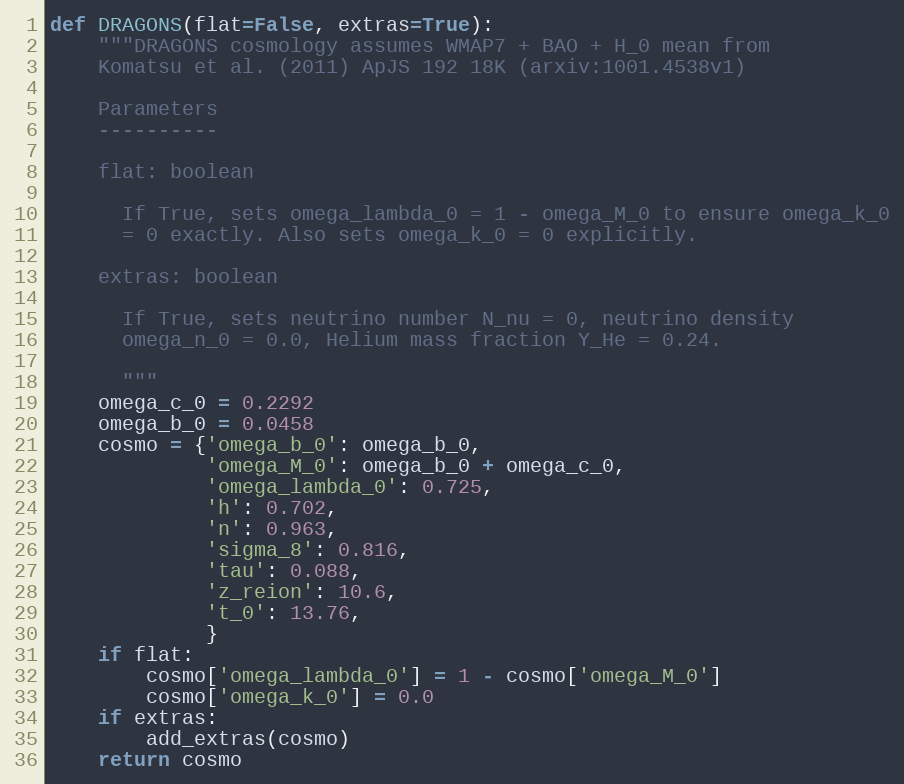
Language: Python
def DRAGONS(flat=False, extras=True):
    """DRAGONS cosmology assumes WMAP7 + BAO + H_0 mean from
    Komatsu et al. (2011) ApJS 192 18K (arxiv:1001.4538v1)

    Parameters
    ----------

    flat: boolean

      If True, sets omega_lambda_0 = 1 - omega_M_0 to ensure omega_k_0
      = 0 exactly. Also sets omega_k_0 = 0 explicitly.

    extras: boolean

      If True, sets neutrino number N_nu = 0, neutrino density
      omega_n_0 = 0.0, Helium mass fraction Y_He = 0.24.

      """
    omega_c_0 = 0.2292
    omega_b_0 = 0.0458
    cosmo = {'omega_b_0': omega_b_0,
             'omega_M_0': omega_b_0 + omega_c_0,
             'omega_lambda_0': 0.725,
             'h': 0.702,
             'n': 0.963,
             'sigma_8': 0.816,
             'tau': 0.088,
             'z_reion': 10.6,
             't_0': 13.76,
             }
    if flat:
        cosmo['omega_lambda_0'] = 1 - cosmo['omega_M_0']
        cosmo['omega_k_0'] = 0.0
    if extras:
        add_extras(cosmo)
    return cosmo